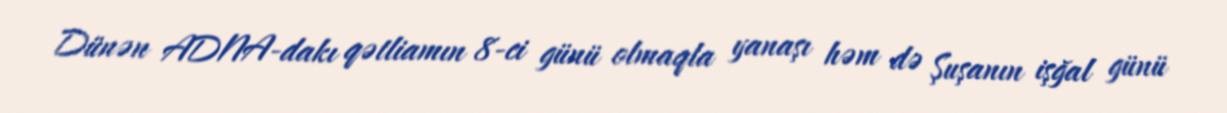
Dünən ADNA-dakı qətliamın 8-ci günü olmaqla yanaşı həm də Şuşanın işğal günü